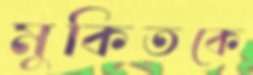
মুকিতকে